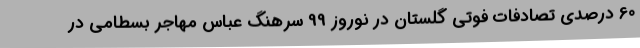
60 درصدی تصادفات فوتی گلستان در نوروز 99 سرهنگ عباس مهاجر بسطامی در